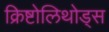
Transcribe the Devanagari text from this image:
क्रिष्टोलिथोड्स